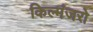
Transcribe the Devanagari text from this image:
किल्मंजरो